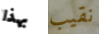
بهذا نقيب